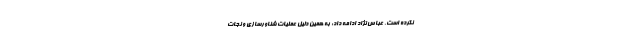
نکرده است. عباس نژاد ادامه داد: به همین دلیل عملیات شناورسازی و نجات